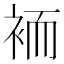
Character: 袻